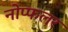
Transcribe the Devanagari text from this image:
नोप्फलर